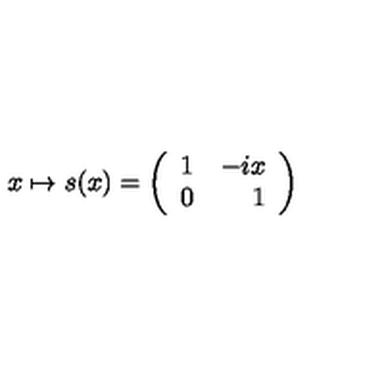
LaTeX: x \mapsto s ( x ) = \left( \begin{array} { l r } { 1 } & { - i x } \\ { 0 } & { 1 } \\ \end{array} \right)